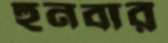
হুনবার